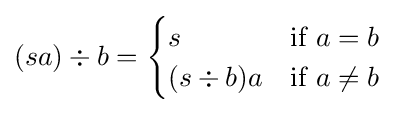
(sa)\div b={\begin{cases}s&{\mbox{if }}a=b\\(s\div b)a&{\mbox{if }}a\neq b\end{cases}}